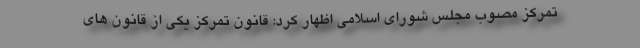
تمرکز مصوب مجلس شورای اسلامی اظهار کرد: قانون تمرکز یکی از قانون های